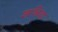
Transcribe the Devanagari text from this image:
शरक़िया